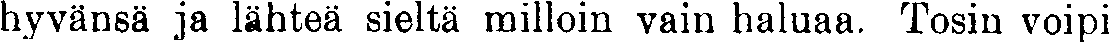
hyvänsä ja lähteä sieltä milloin vain haluaa. Tosin voipi